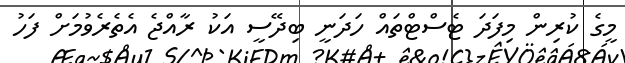
މީގެ ކުރިން މިފަދަ ޓެސްޓްތައް ހަދަނީ ބިދޭސީ އަކު ރާއްޖެ އެތެރެވުމަށް ފަހު